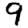
Digit: 9